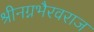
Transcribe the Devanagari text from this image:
श्रीनग्नभैरवराज